Eesti_Ajutine_Maanoukogu, lk 1
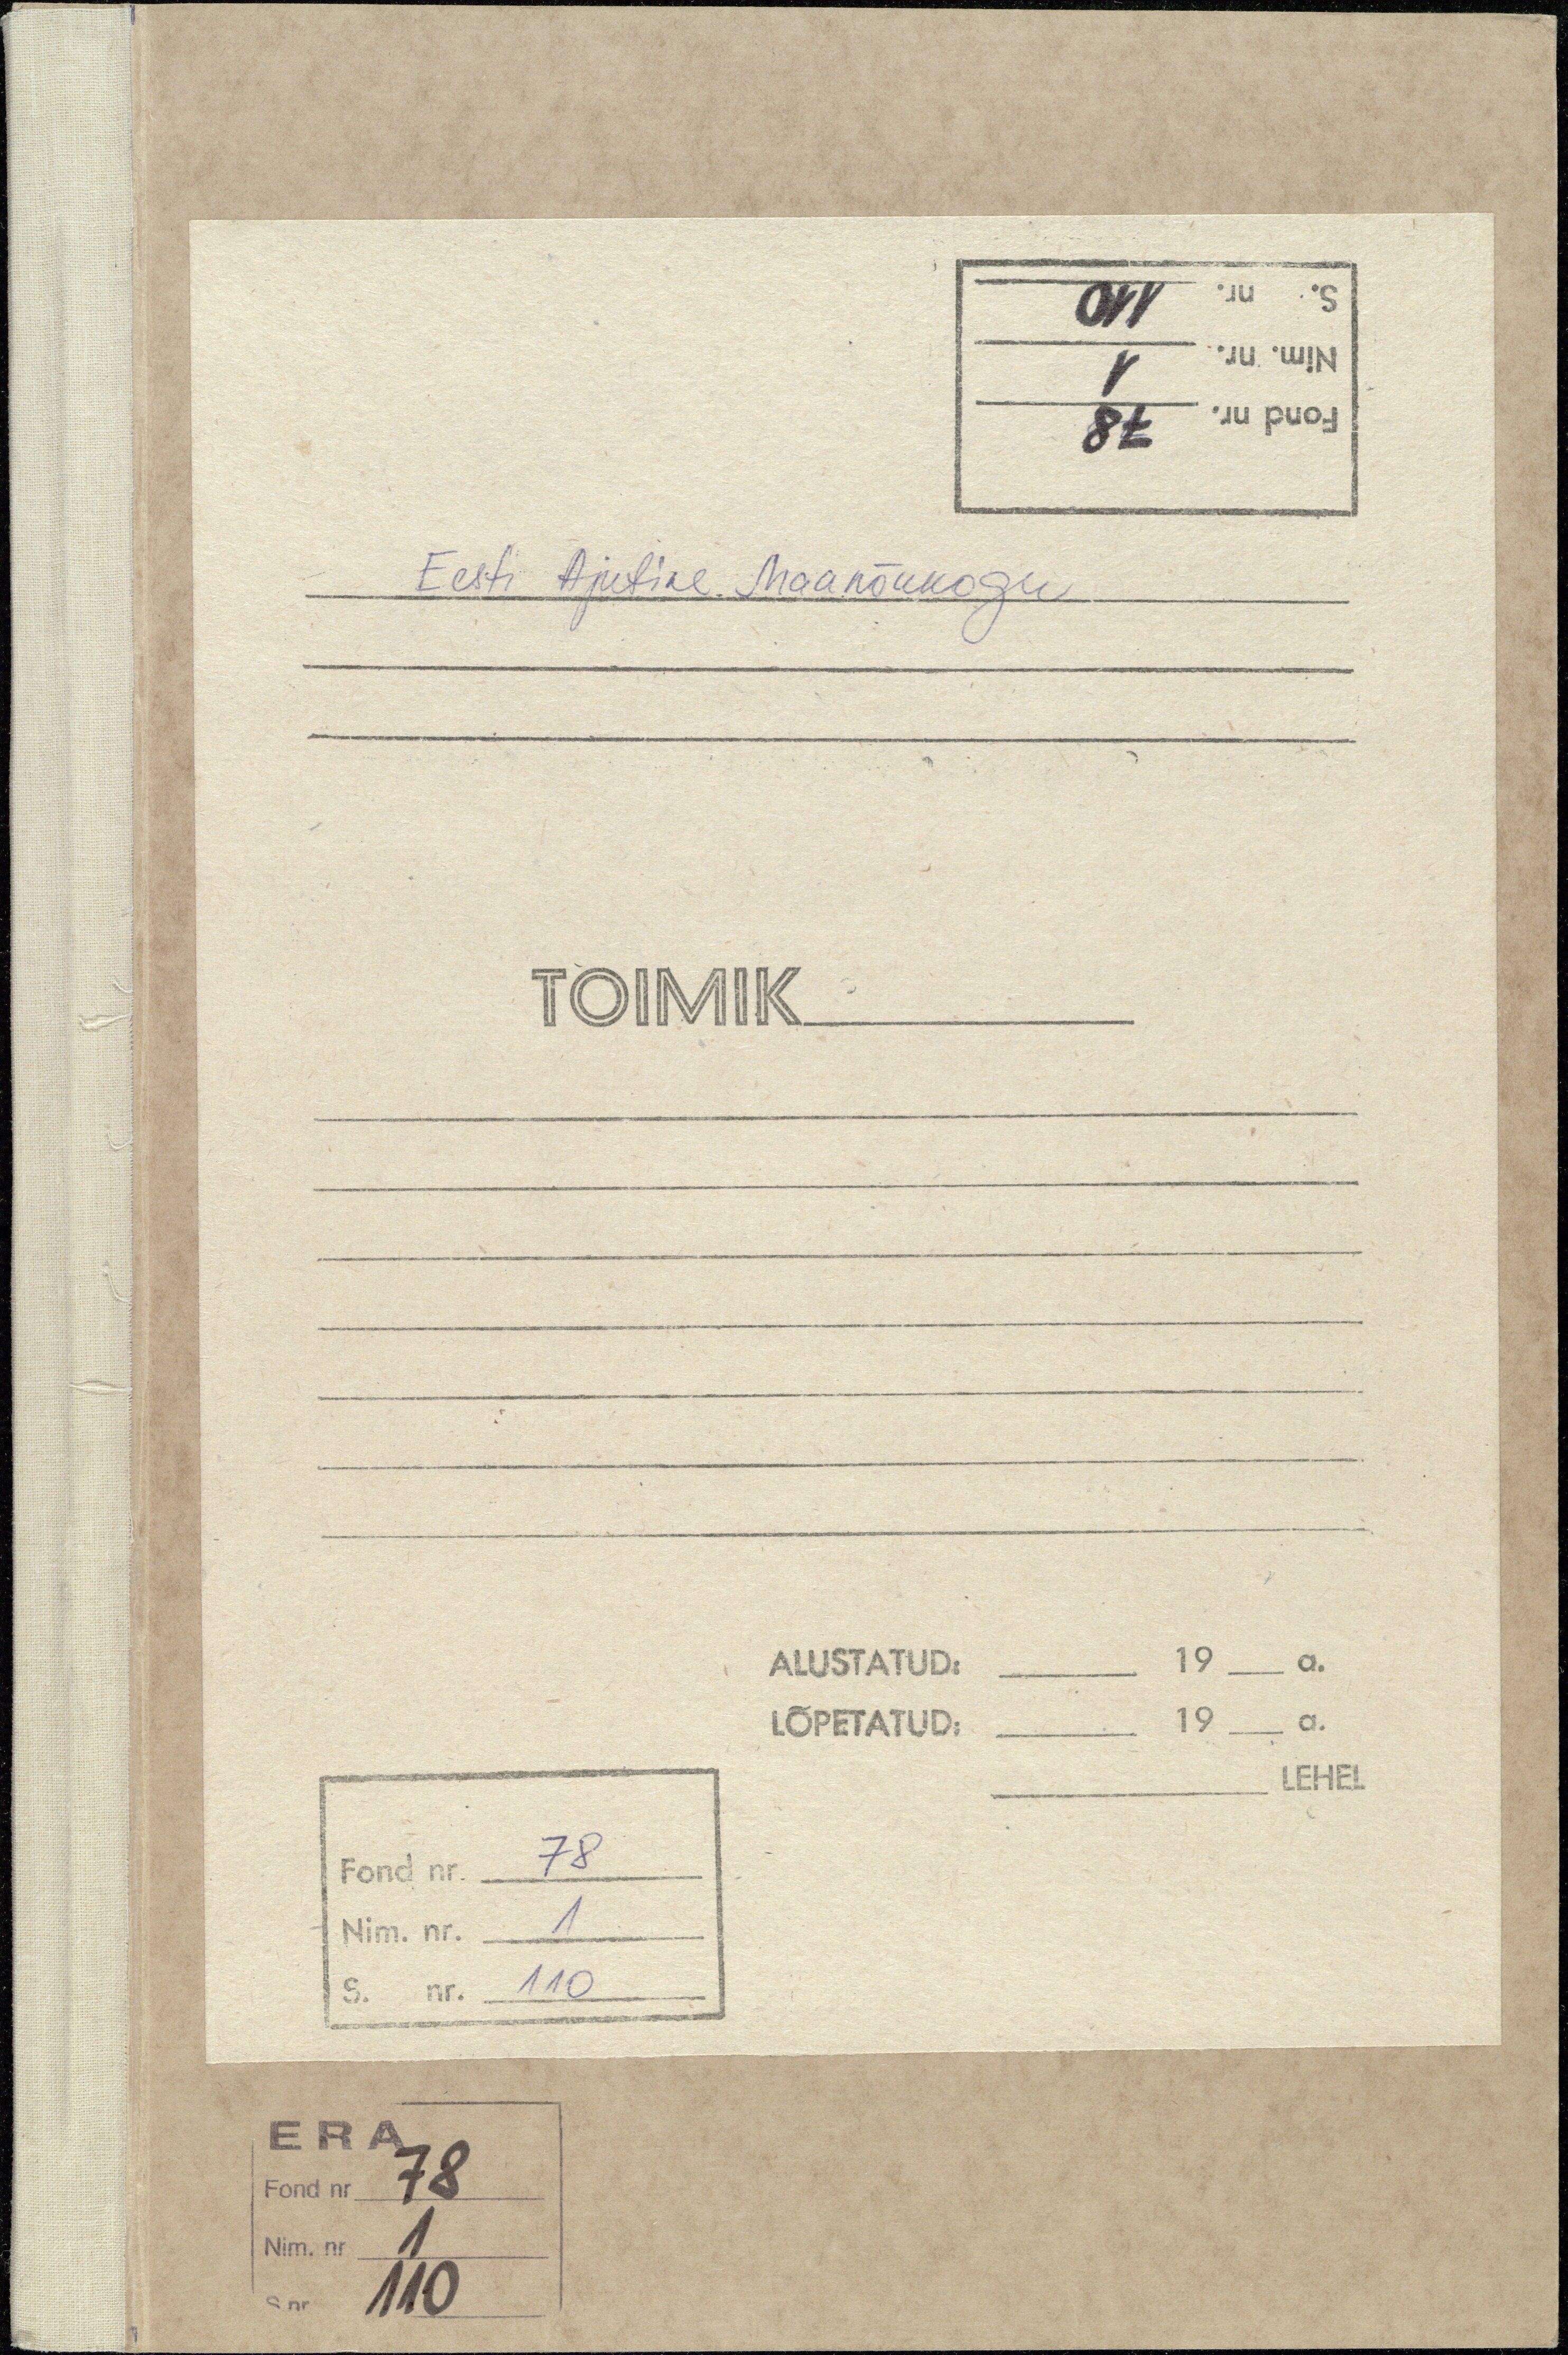
Eesti Ajutine Maanõukogu
TOIMIK
ALUSTATUD:
LÕPETATUD:
Fond nr. 78
Nim. nr. 1
S. nr. 110